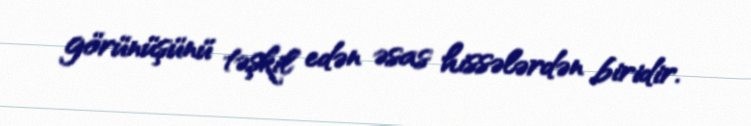
görünüşünü təşkil edən əsas hissələrdən biridir.